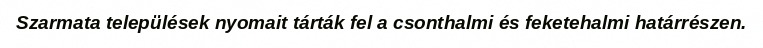
Szarmata települések nyomait tárták fel a csonthalmi és feketehalmi határrészen.